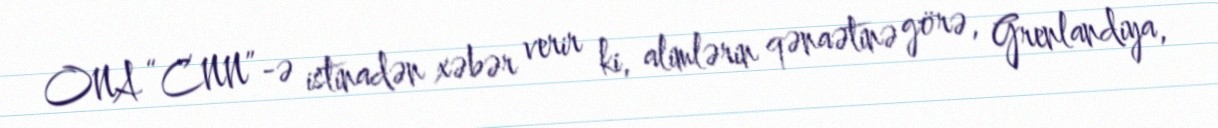
ONA “CNN”-ə istinadən xəbər verir ki, alimlərin qənaətinə görə, Grenlandiya,